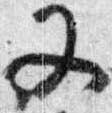
又